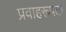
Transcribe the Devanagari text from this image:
प्रवाहरूपता